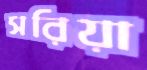
সরিয়া